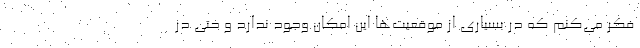
فکر می‌کنم که در بسیاری از موقعیت‌ها این امکان وجود ندارد و حتی در